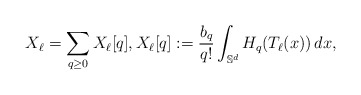
\begin{align*}X_\ell = \sum_{q\ge 0} X_\ell[q], X_\ell[q]:= \frac{b_q}{q!} \int_{\mathbb S^d} H_q(T_\ell(x))\,dx,\end{align*}